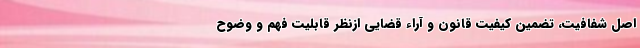
اصل شفافیت، تضمین کیفیت قانون و آراء قضایی ازنظر قابلیت فهم و وضوح